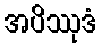
အပိဿုဒံ